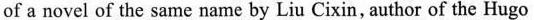
of a novel of the same name by Liu Cixin, author of the Hugo